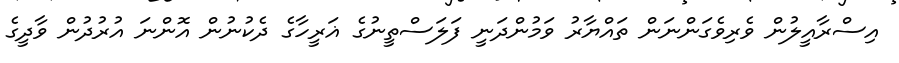
އިސްރާއީލުން ވެރިވެގަންނަން ތައްޔާރު ވަމުންދަނީ ފަލަސްތީނުގެ ޣަރީހާގެ ދެކުނުން އޮންނަ އުރުދުން ވާދީގެ